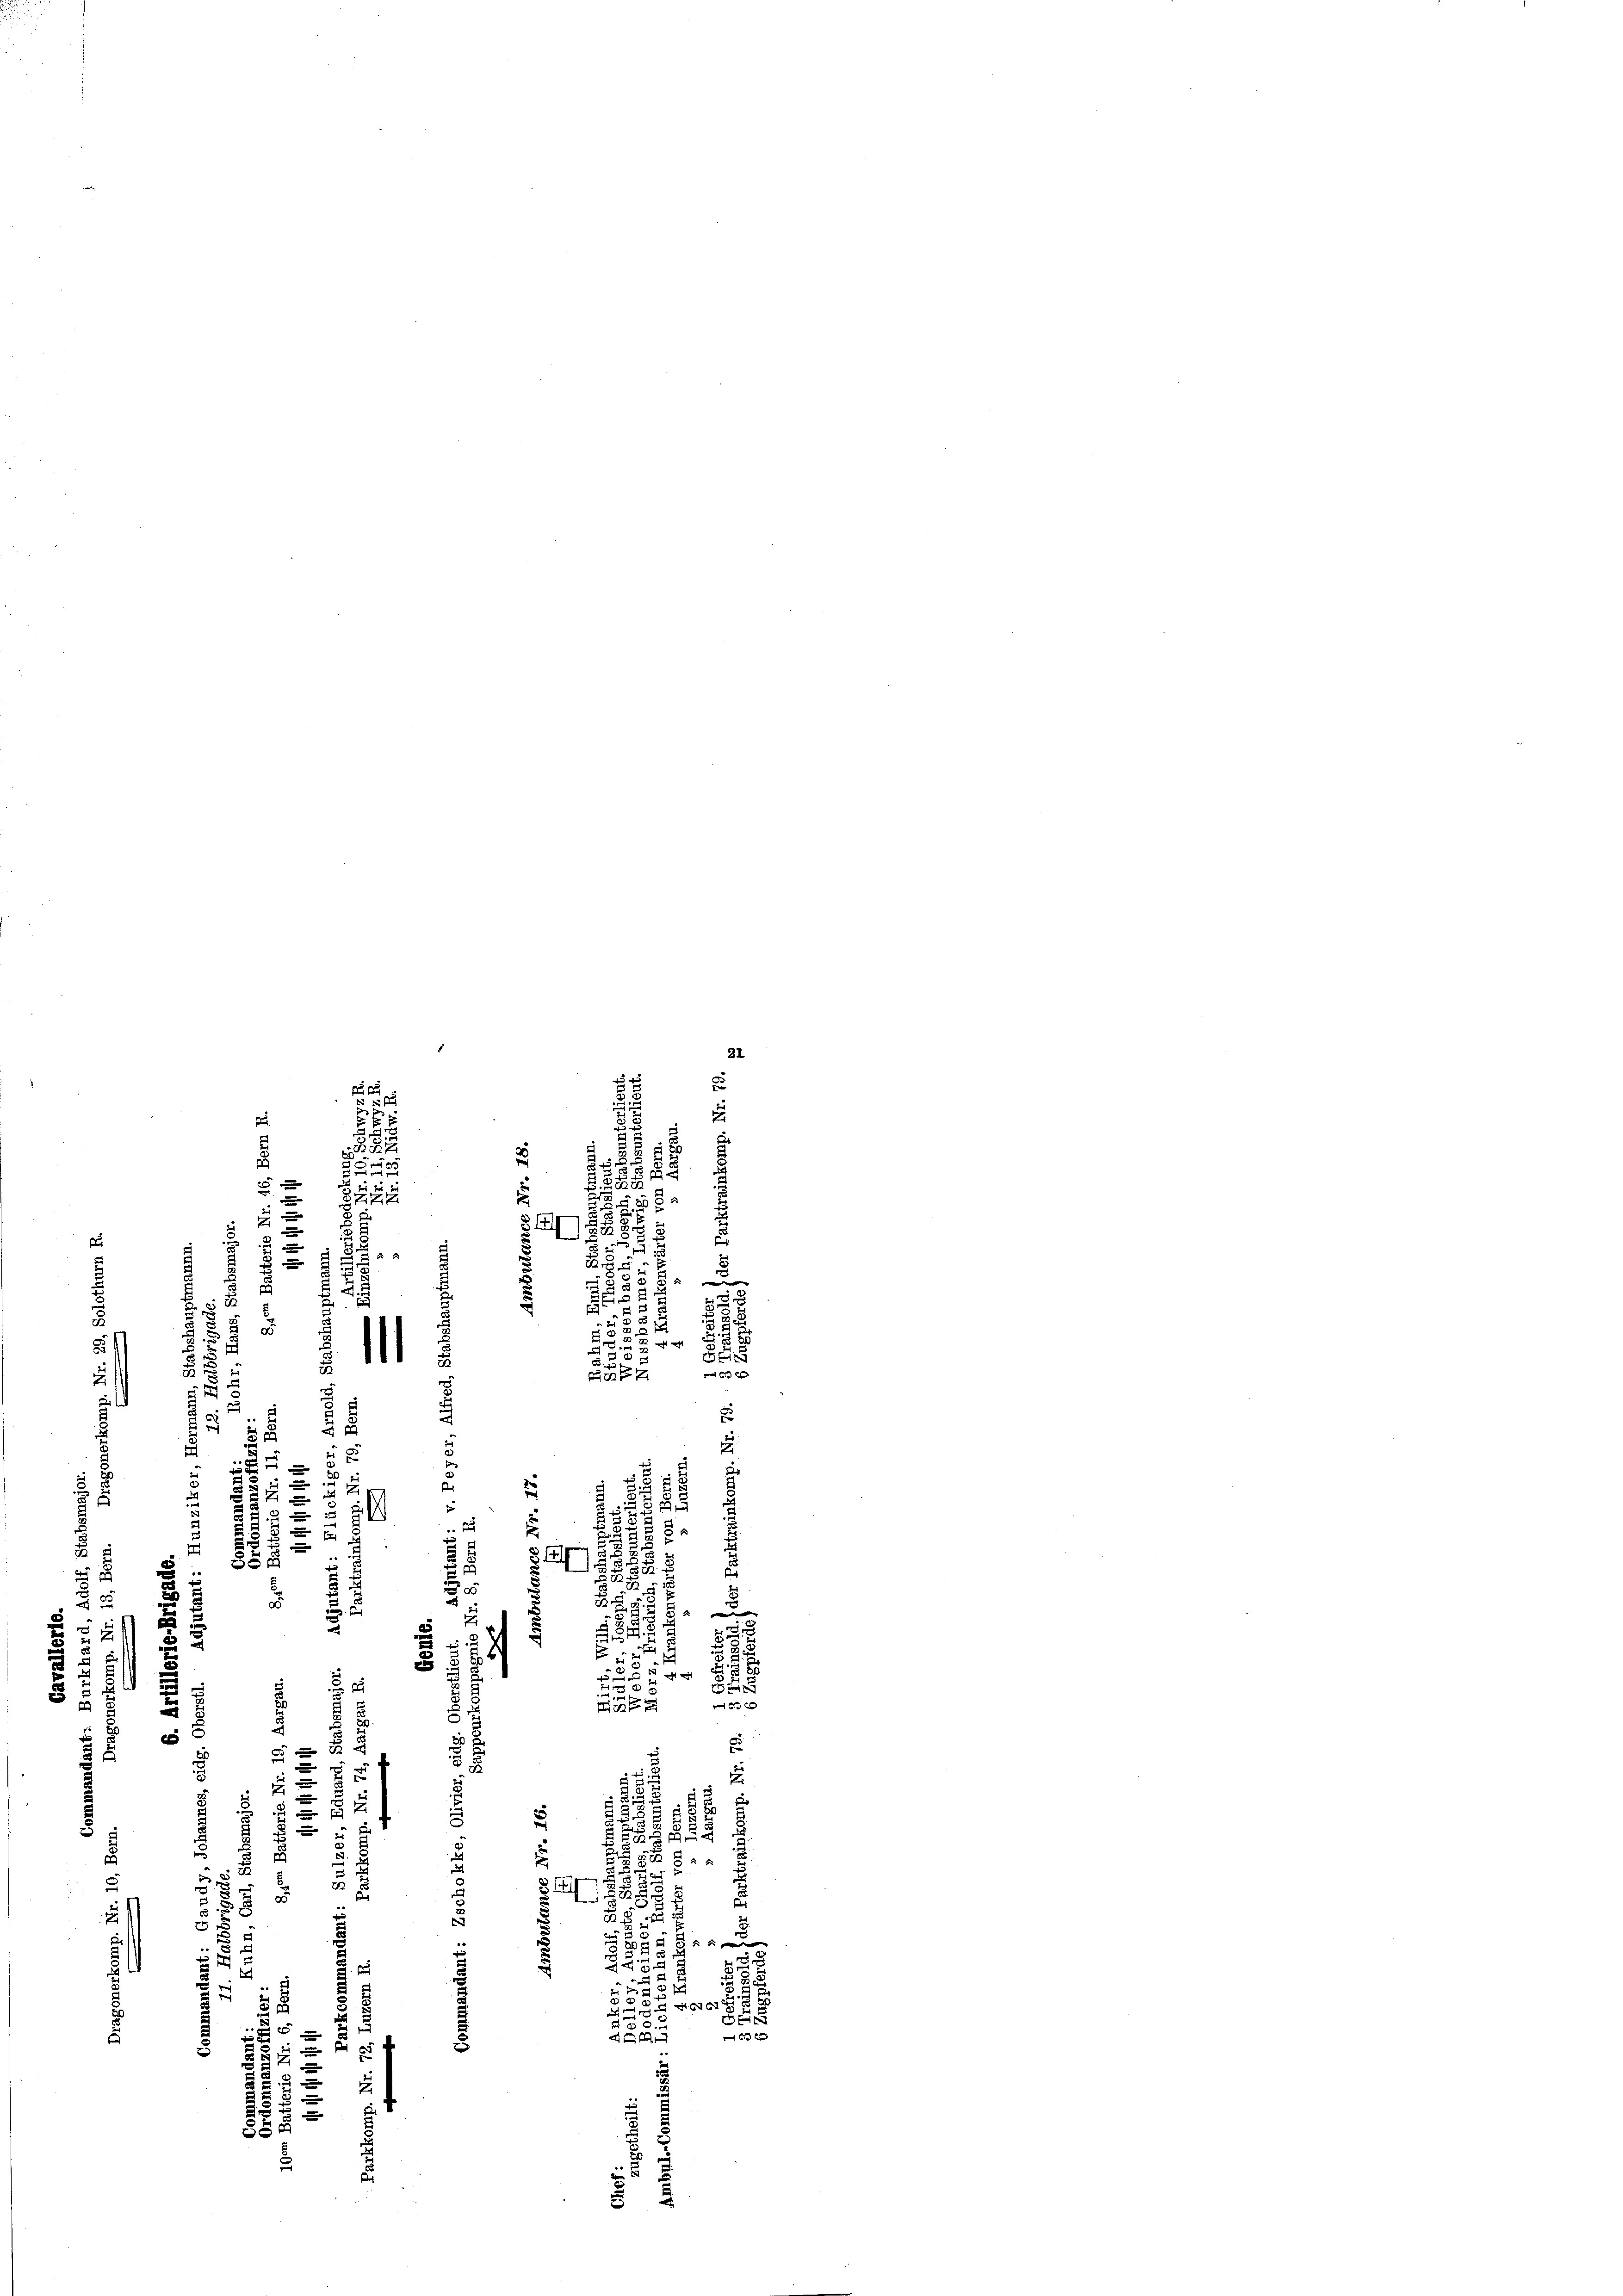
21
c
2
u
.
u
5
887
25

1
u
5552
39
“
S. 288
2 x
e
5
7

I
un
s
d

5
u
8.
u

u
x
.
.

2
1

1
f 0 x
c

¬
s

r
6

und
2
t
e
e
x
d
D
u

e
e
15, 1
E
8
.
.
g
u
7
¬
u
d
2
3
.

3
¬
2
e
i
s
8
au
1
a

§. 1419.
2
4

d

555. 392
3
7
.
8

u
.
e
i
d
1
5

52
5
s
6
d

33
5

i
1 189
5
51

E
u
16 x
2

3
i
c
3
3
x
5
 x
.
1
e
5

.
d
x
2
252. 55 x

2

E

t
82 x
3
g
u
§ 14
u
8
22
3
28
d
5
2
u
u

e
5
e
e
 52 x
2
.

.
u
5
61674
d
Se
e
n
e
e
2
1
s
 xx
555
e
e
2.
u

.
E
e
d
u

f
r
2 § 8
S
35
2
e
110
5
.

3
2
g
5